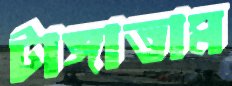
টাঙ্গাতাম